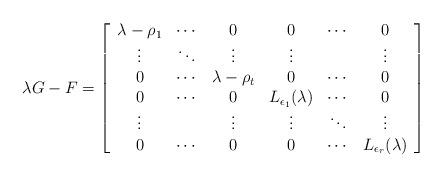
LaTeX: \begin{align*}\lambda G - F= \left[\begin{array}{cccccc} \lambda - \rho_1 & \cdots & 0 & 0 & \cdots & 0 \\ \vdots & \ddots & \vdots & \vdots & & \vdots \\ 0 & \cdots & \lambda - \rho_t & 0 & \cdots & 0 \\ 0 & \cdots & 0 & L_{\epsilon_1}(\lambda) & \cdots & 0 \\ \vdots & & \vdots & \vdots & \ddots & \vdots \\ 0 & \cdots & 0 & 0 & \cdots & L_{\epsilon_r}(\lambda) \end{array}\right]\end{align*}